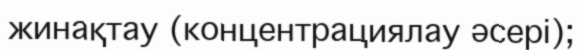
жинақтау (концентрациялау әсері);